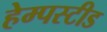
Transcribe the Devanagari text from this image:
हेम्पस्टीड